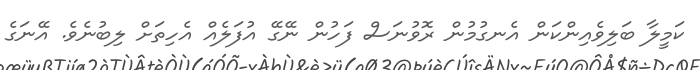
ކަމީލާ ބަލިވެއިންކަން އެނގުމުން ރޮވުނަސް ފަހުން ނޭގޭ އުފަލެއް އެހިތަށް ލިބުނެވެ. އޭނަގެ